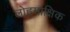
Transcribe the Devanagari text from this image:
लोहमाक्षिक